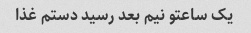
یک ساعتو نیم بعد رسید دستم غذا